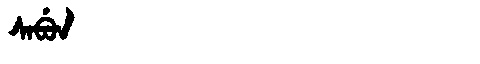
Manchu: ᠰᠠᠪᡠᠨ
Romanization: SABUN